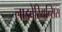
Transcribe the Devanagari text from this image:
लाइबेरियन्सिस